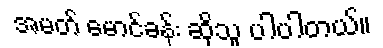
အမတ် မောင်ခန်း ဆိုသူ ပါပါတယ်။